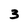
Character: 3